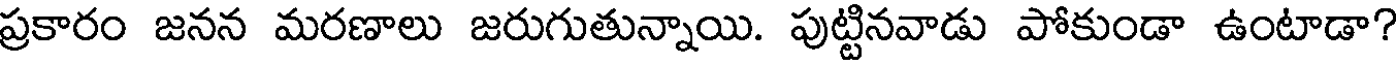
ప్రకారం జనన మరణాలు జరుగుతున్నాయి. పుట్టినవాడు పోకుండా ఉంటాడా?